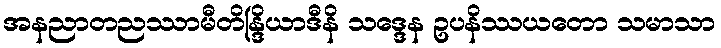
အနညာတညဿာမီတိန္ဒြိယာဒီနိ သဒ္ဒေန ဥပနိဿယတော သမာသာ